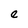
Character: e